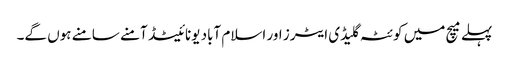
پہلے میچ میں کوئٹہ گلیڈی ایٹرز اور اسلام آباد یونائیٹڈ آمنے سامنے ہوں گے۔